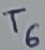
Text: T6